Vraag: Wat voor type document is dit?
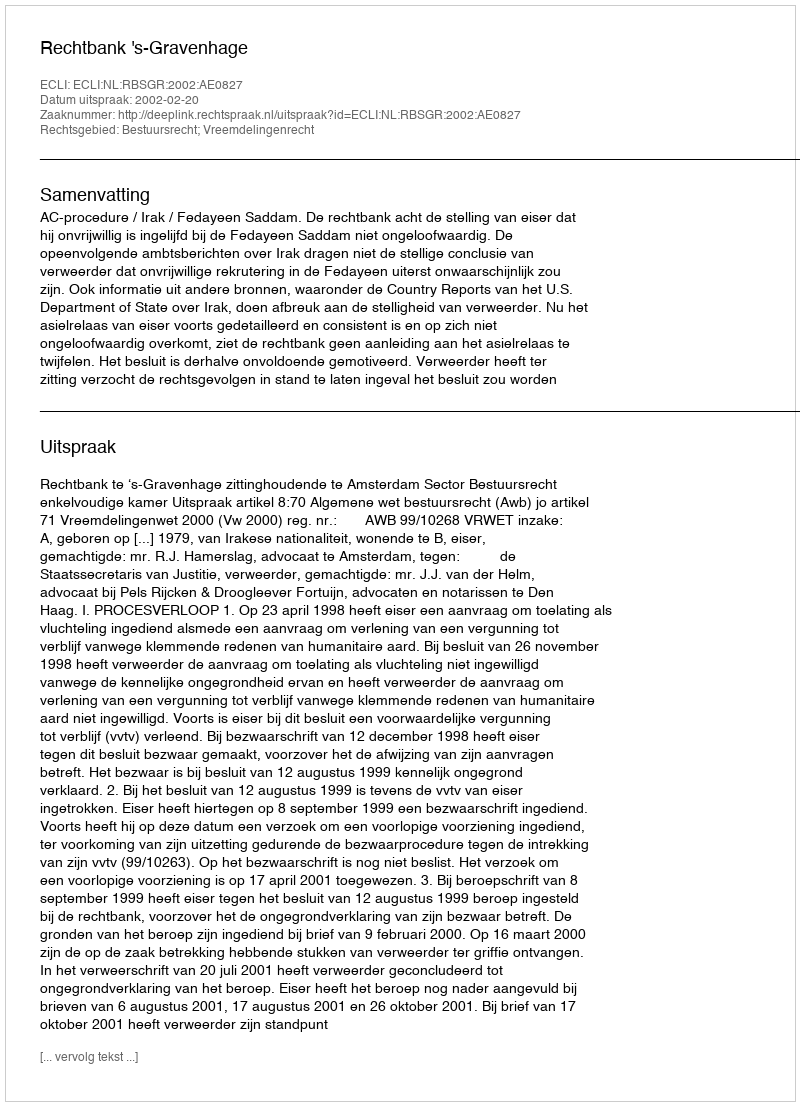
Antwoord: Uitspraak